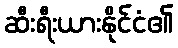
ဆီးရီးယားနိုင်ငံ၏